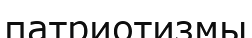
патриотизмы